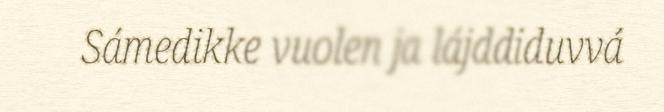
Sámedikke vuolen ja lájddiduvvá